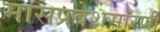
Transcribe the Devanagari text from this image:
मासप्रवेशसारणी